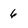
Character: 6